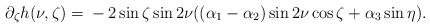
\begin{align*}\partial_\zeta h(\nu,\zeta) ={}&-2 \sin\zeta \sin 2\nu ( (\alpha_1 - \alpha_2) \sin 2\nu \cos \zeta+\alpha_3 \sin \eta ).\end{align*}